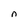
Character: n